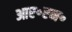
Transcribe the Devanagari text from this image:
आर॰एन॰